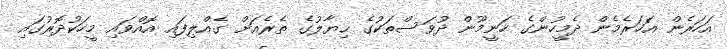
އަހަރެން އަހަރެމެން ދެމީހުންގެ ހަނީމޫން ދުވަސްތަކުގެ ޙިޔާލުގެ ތެރެއަށް ގެއްލިފައި އޮއްވައި މީހަކުދޮރުގައި